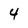
Character: 4